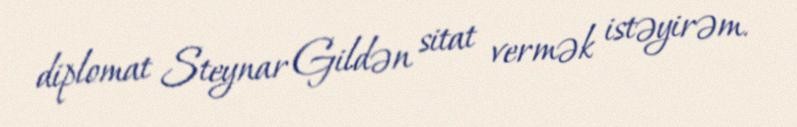
diplomat Steynar Gildən sitat vermək istəyirəm.